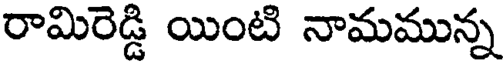
రామిరెడ్డి యింటి నామమున్న